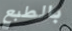
بالطبع